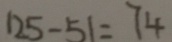
1 2 5 - 5 1 = 7 4